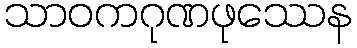
သာဝကဂုဏဖုဿေန